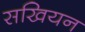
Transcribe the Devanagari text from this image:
सखियन